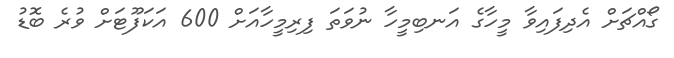
ގޯއްޗަށް އެދިފައިވާ މީހާގެ އަނބިމީހާ ނުވަތަ ފިރިމީހާއަށް 600 އަކަފޫޓަށް ވުރެ ބޮޑު